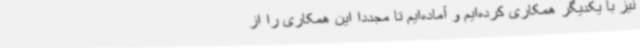
نیز با یکدیگر همکاری کرده‌ایم و آماده‌ایم تا مجددا این همکاری را از